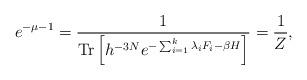
LaTeX: \begin{align*}e^{-\mu - 1} = \frac{1}{\mathrm{Tr}\left[h^{-3N}e^{-\sum_{i=1}^k \lambda_i F_i -\beta H}\right]} = \frac{1}{Z},\end{align*}